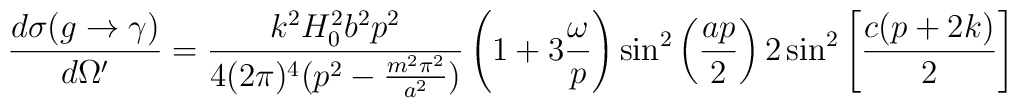
\frac{d\sigma (g \rightarrow  \gamma) }{ d\Omega'} =  \\\frac{k^2 H^{2}_{0} b^2 p^2}{4(2\pi)^4(p^2-\frac{m^2\pi^2}{a^2})}\left ( 1+ 3\frac{\omega}{p} \right)\sin^2\left (\frac{ap}{2} \right)2\sin^2  \left [\frac{c(p + 2k)}{2}\right]